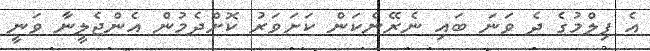
އެ ފިލްމުގެ ދެ ވަނަ ބައި ނެރޭނެކަން ކަށަވަރު ކޮށްދެމުން އެންޖެލީނާ ވަނީ